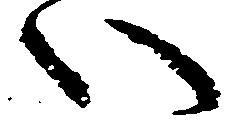
い